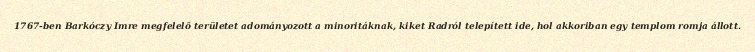
1767-ben Barkóczy Imre megfelelő területet adományozott a minoritáknak, kiket Radról telepített ide, hol akkoriban egy templom romja állott.